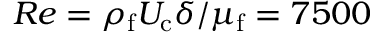
R e = \rho _ { \mathrm { f } } U _ { \mathrm { c } } \delta / \mu _ { \mathrm { f } } = 7 5 0 0